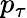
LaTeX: p_{\tau}